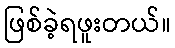
ဖြစ်ခဲ့ရဖူးတယ်။